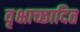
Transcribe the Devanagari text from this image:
वृक्षाच्छादित